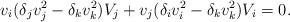
LaTeX: \begin{align*}\begin{array}{c}\displaystyle v_i(\delta_j v_j^2-\delta_k v_k^2)V_j+v_j(\delta_i v_i^2-\delta_k v_k^2)V_i=0. \\\end{array}\end{align*}